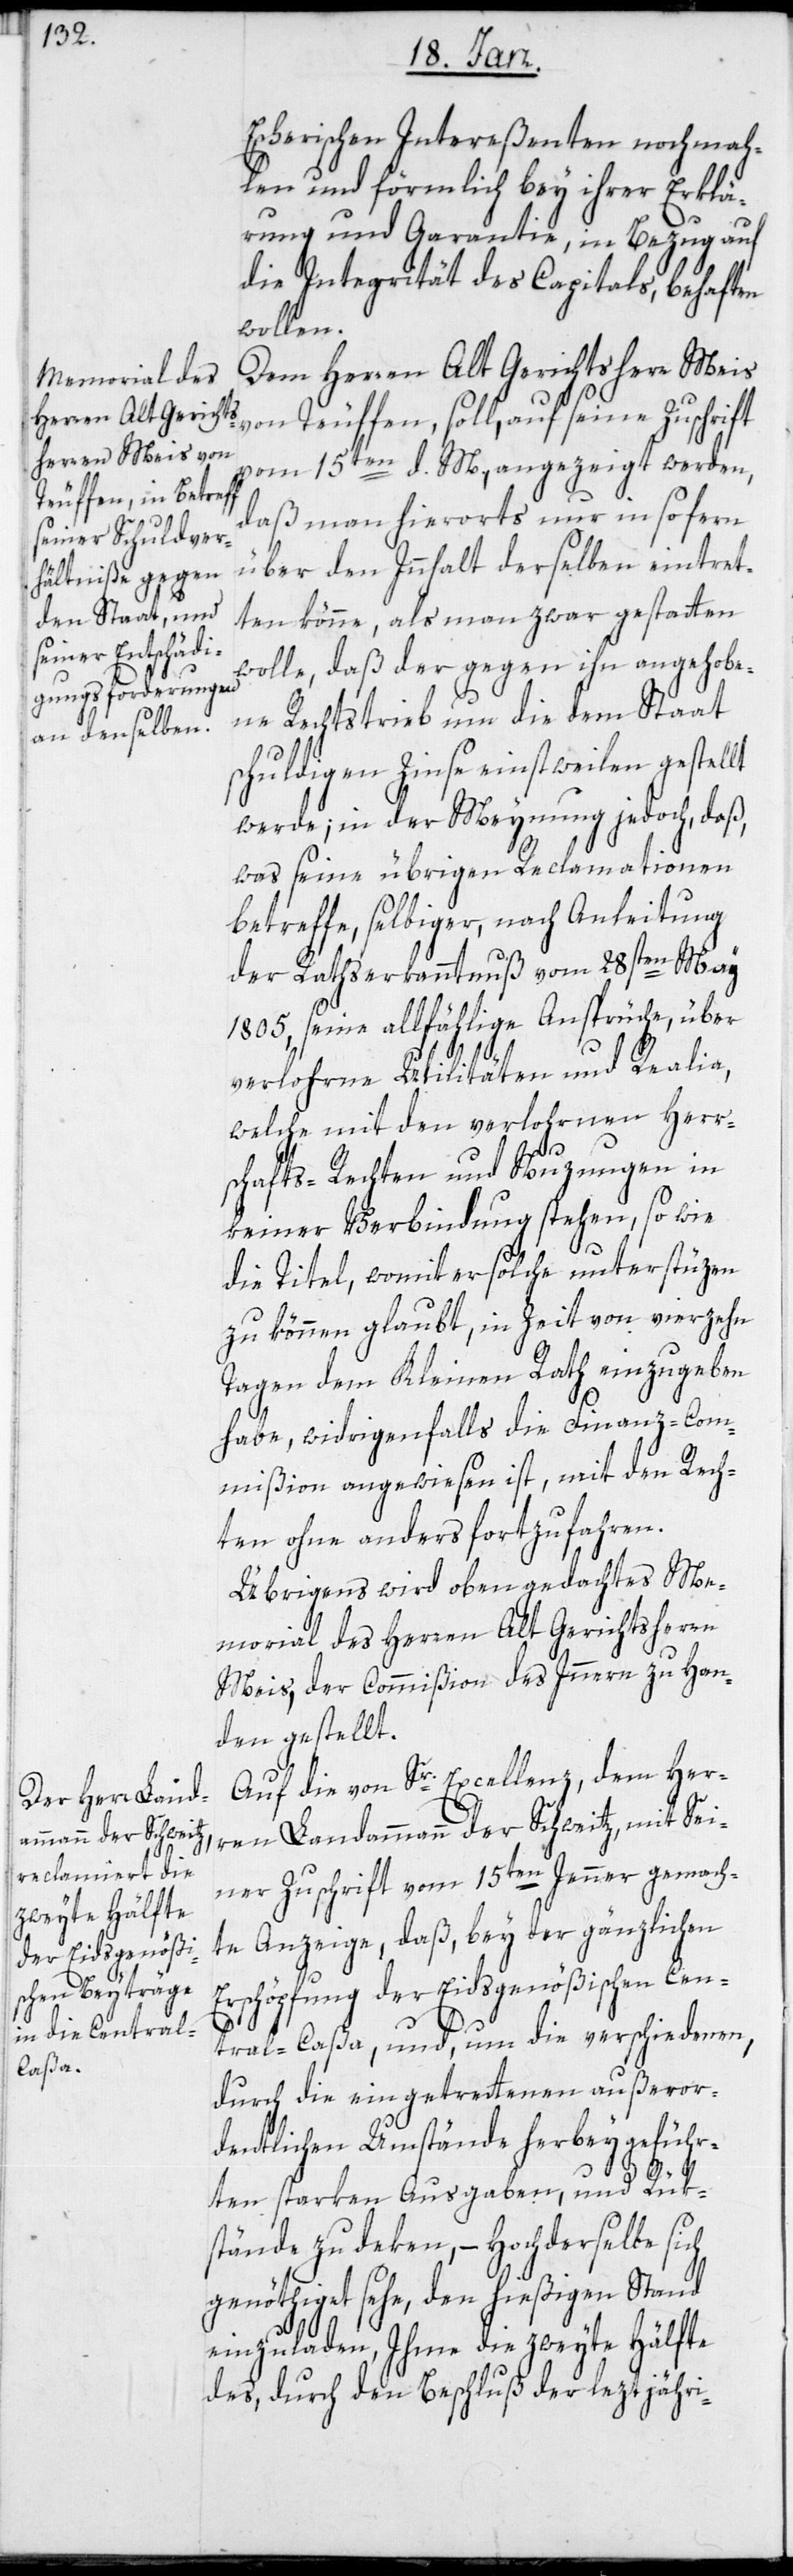
Escherischen Intereßenten nochmah¬
len und förmlich bey ihrer Erklä¬
rung und Garantie, in Bezug auf
die Integrität des Capitals, behaften
wollen.
Dem Herren Alt Gerichtsherr Meis
von Teuffen, soll, auf seine Zuschrift
vom 15ten d. M., angezeigt werden,
daß man hierorts nur insofern
über den Innhalt derselben eintret¬
ten könne, als man zwar gestatten
wolle, daß der gegen ihn angehobe¬
ne Rechtstrieb um die dem Staat
schuldigen Zinse einstweilen gestellt
werde; in der Meynung jedoch, daß,
was seine übrigen Reclamationen
betreffe, selbiger, nach Anleitung
der Rathserkanntnuß vom 28sten May
1805, seine allfählige Ansprüche, über
verlohrne Utilitäten und Realia,
welche mit den verlohrnen Herr¬
schafts-Rechten und Nuzungen in
keiner Verbindung stehen, so wie
die Titel, womit er solche unterstüzen
zu können glaubt, in Zeit von vierzehn
Tagen dem Kleinen Rath einzugeben
habe, widrigenfalls die Finanz-Com¬
mißion angewiesen ist, mit den Rech¬
ten ohne anders fortzufahren.
Übrigens wird oben gedachtes Me¬
morial des Herren Alt Gerichtsherrn
Meis, der Commißion des Inneren zu Han¬
den gestellt.
Auf die von Sr. Excellenz, dem Her¬
ren Landammann der Schweitz, mit Sei¬
ner Zuschrift vom 15ten Jenner gemach¬
te Anzeige, daß, bey der gänzlichen
Erschöpfung der Eidsgenößischen Cen¬
tral-Caßa, und, um die verschiedenen,
durch die eingetrettenen außeror¬
dentlichen Umstände herbeygeführ¬
ten starken Ausgaben und Rük¬
stände zu deken, – Hochderselbe sich
genöthiget sehe, den hießigen Stand
einzuladen, Ihme die zweyte Hälfte
des, durch den Beschluß der leztjähri-